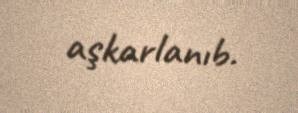
aşkarlanıb.